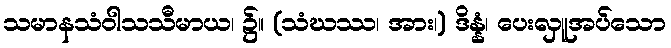
သမာနသံဝါသသီမာယ၊ ၌။ (သံဃဿ၊ အား၊) ဒိန္နံ၊ ပေးလှူအပ်သော